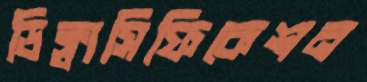
ডিক্লাসিফিকেশন